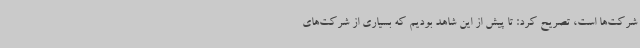
شرکت‌ها است، تصریح کرد: تا پیش از این شاهد بودیم که بسیاری از شرکت‌های